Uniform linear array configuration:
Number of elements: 64
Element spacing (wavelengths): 1
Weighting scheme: hann
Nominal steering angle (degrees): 45
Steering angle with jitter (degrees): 43.76
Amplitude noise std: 0.05
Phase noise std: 0.05

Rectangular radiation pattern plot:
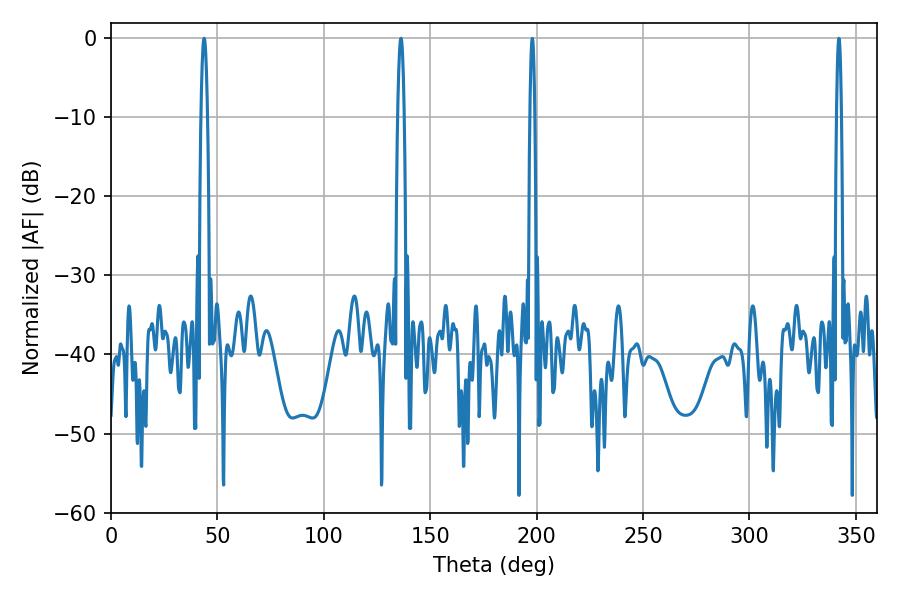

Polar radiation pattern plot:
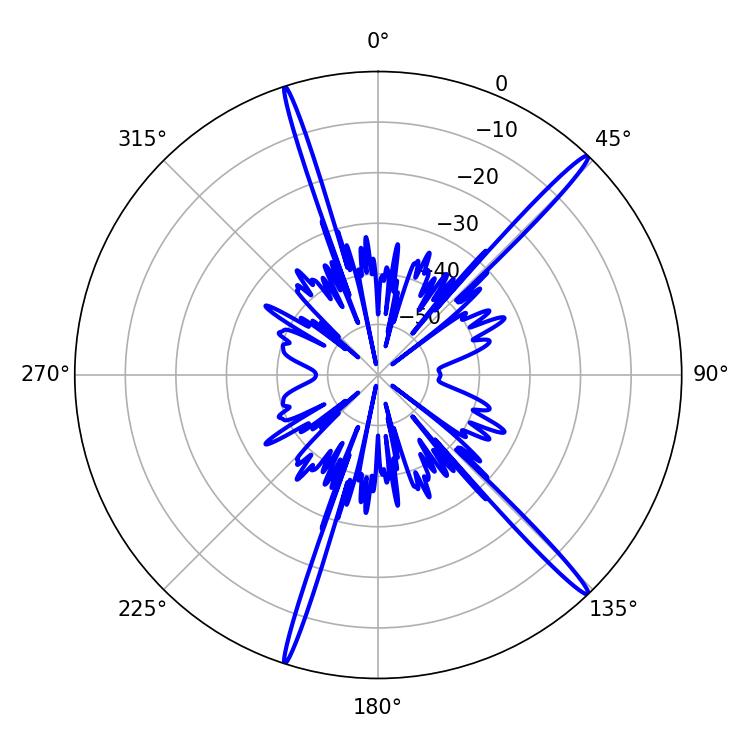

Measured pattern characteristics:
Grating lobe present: TRUE
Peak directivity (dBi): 18.231
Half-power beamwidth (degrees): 1.62
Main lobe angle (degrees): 43.74